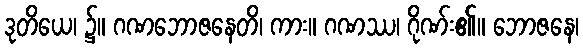
ဒုတိယေ၊ ၌။ ဂဏဘောဇနေတိ၊ ကား။ ဂဏဿ၊ ဂိုဏ်း၏။ ဘောဇနေ၊